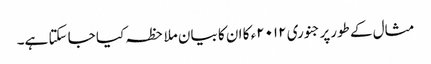
مثال کے طورپرجنوری ۲۰۱۲ء کا ان کا بیان ملاحظہ کیا جا سکتا ہے۔